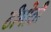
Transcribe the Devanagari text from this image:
टीमोठी